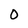
Character: O